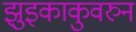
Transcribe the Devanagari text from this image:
झुइकाकुवरुन